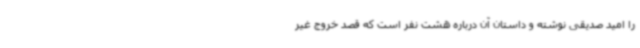
را امید صدیقی نوشته و داستان آن درباره هشت نفر است که قصد خروج غیر